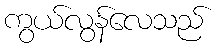
ကွယ်လွန်လေသည်